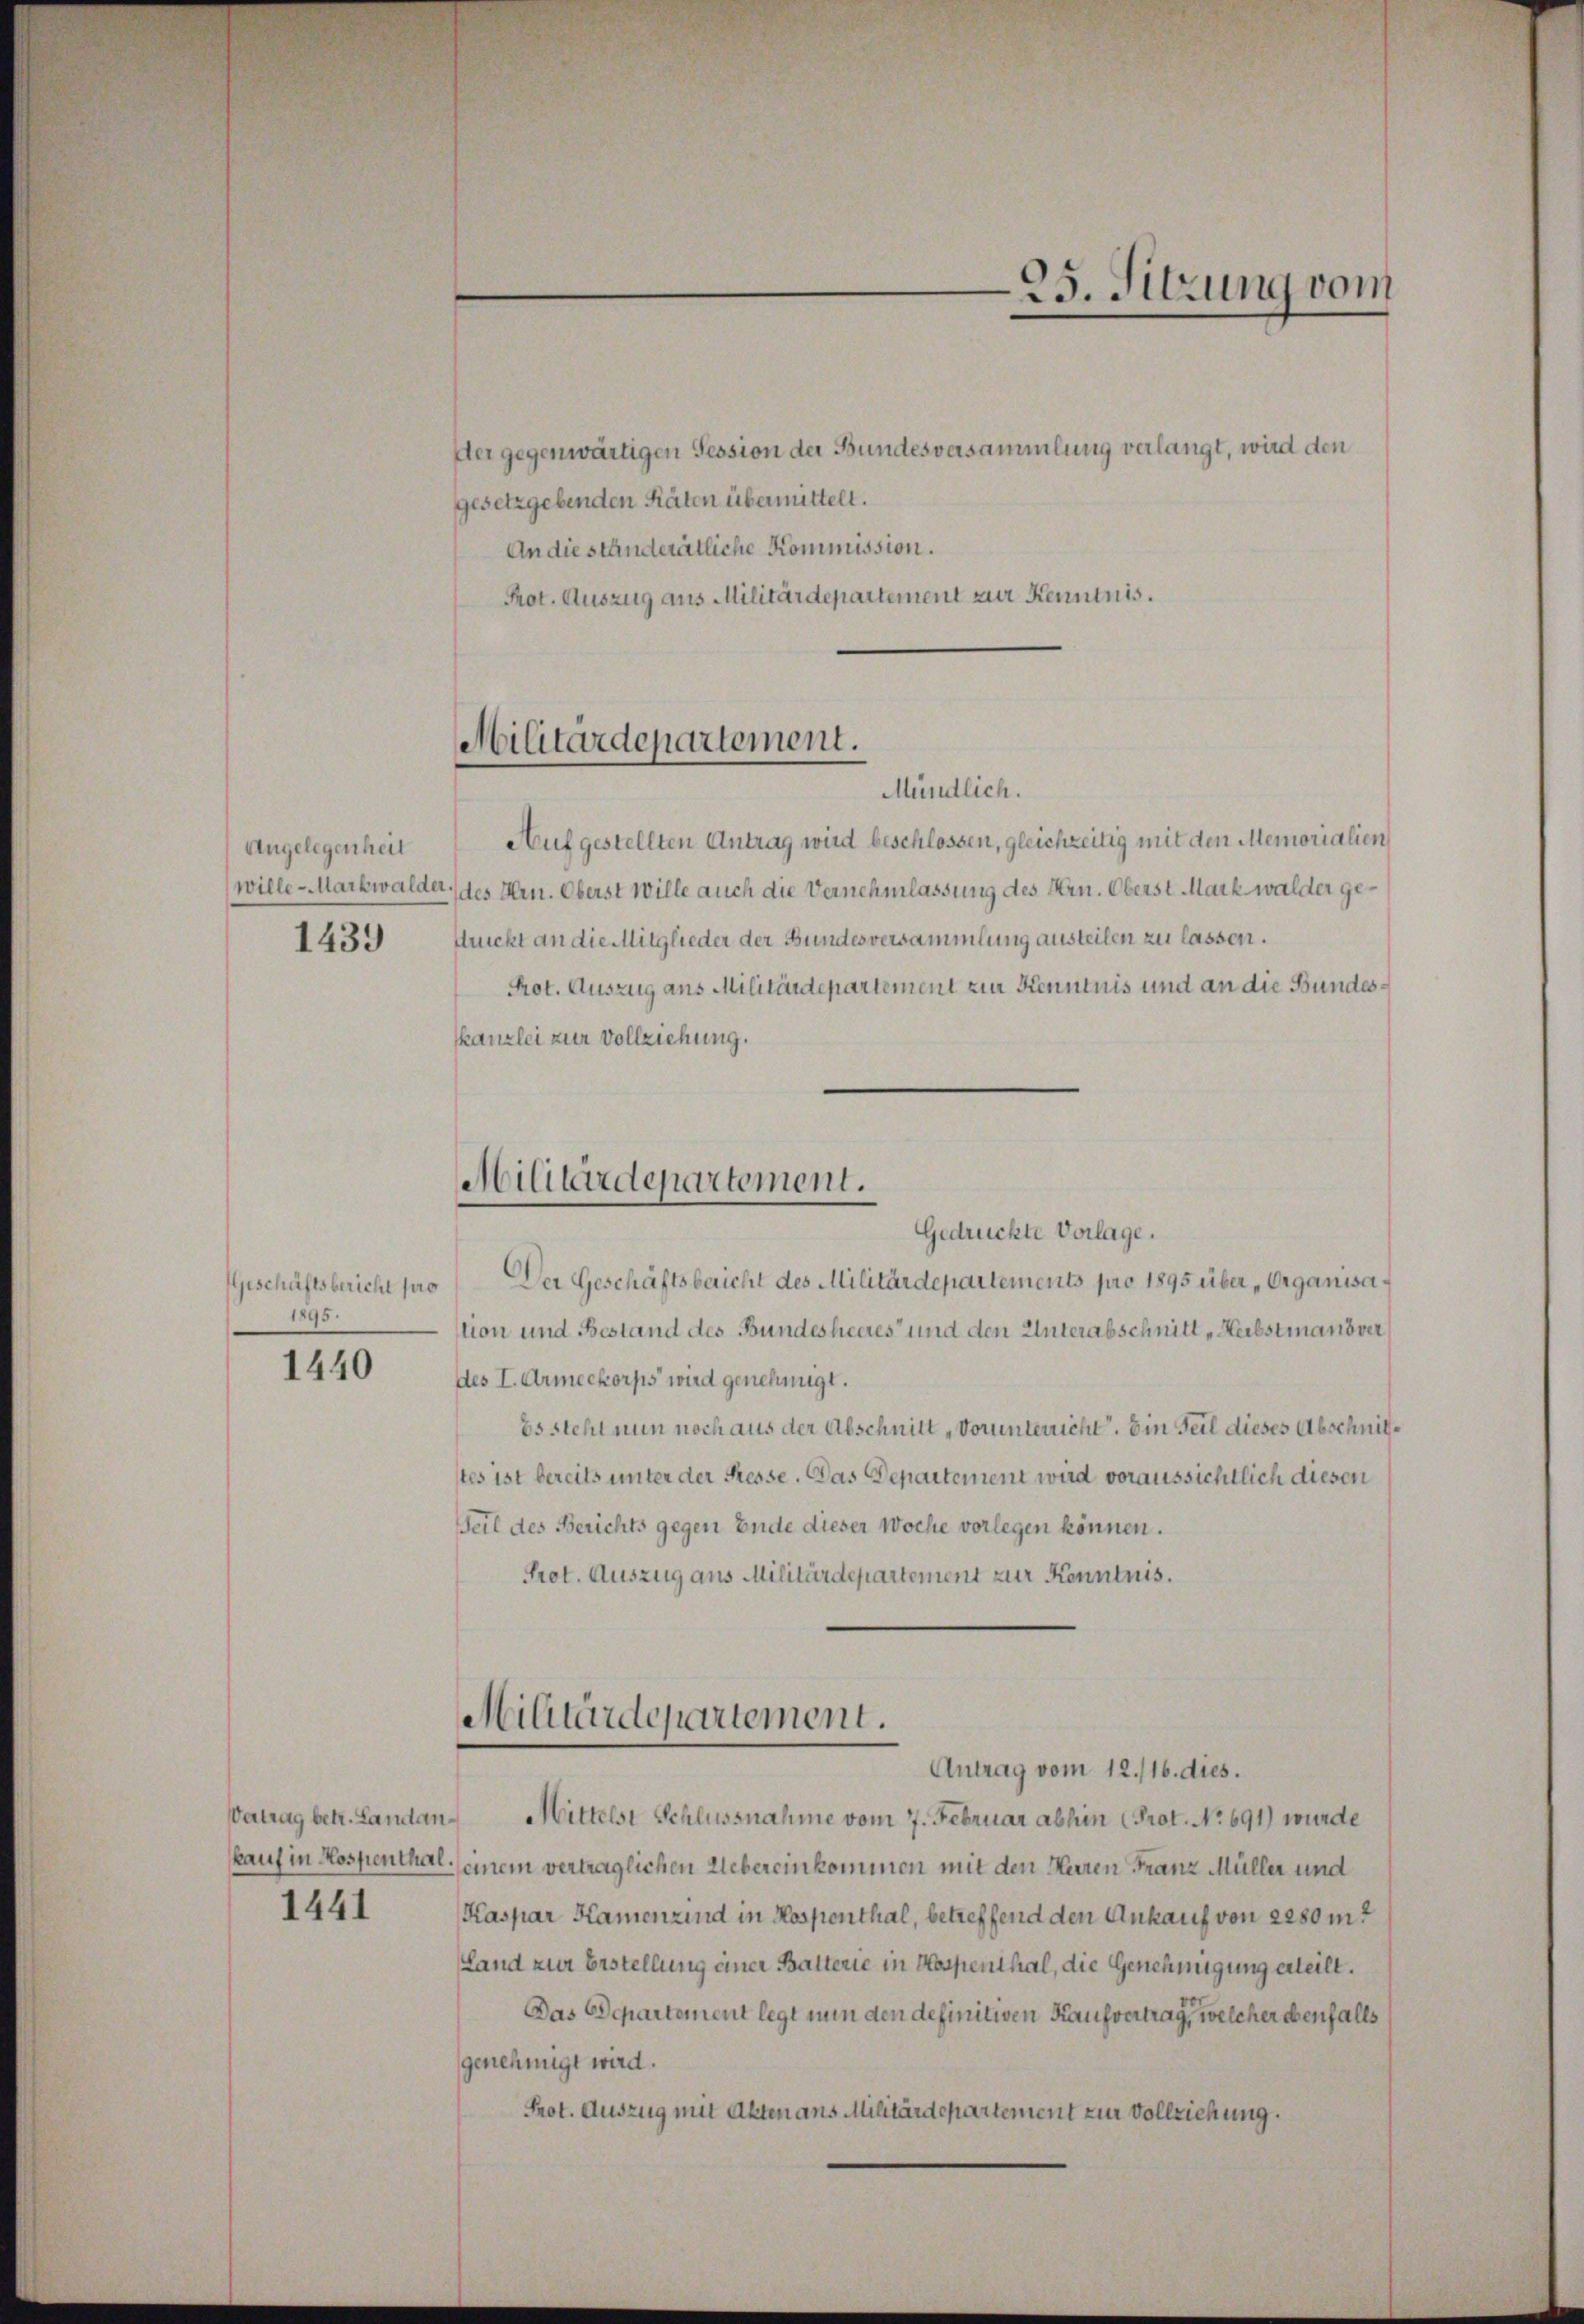
Angelegenheit
1439

1895.

1440

Vertrag betr. Landan¬
1441

Der gegenwärtigen Tession der Bundesversammlung verlangt, wird den
gesetzgebenden Räten übermittelt.
An die ständerätliche Kommission.
Prot. Auszug aus Militärdepartement zur Kenntnis.

Mündlich.
Aufgestellten Antrag wird beschlossen, gleichzeitig mit den Memorialien
wille - Markwalder, des Hrn. Oberst Wille auch die Vernehmlassung des Hrn. Oberst Markwalder gestruckt an die Mitglieder der Bundesversammlung austeilen zu lassen.
Prot. Auszug aus Militärdepartement zur Kenntnis und an die Bundesskanzlei zur Vollziehung.

Militärdepartement.

Militärdepartement.

Militärdepartement.
Antrag vom 12./16. dies.

25. Sitzung vom

Gedrückte Vorlage.
Geschäftsbericht pro Der Geschäftsbericht des Militärdepartements pro 1895 über „Organisation und Bestand des Bundesheeres und den Unterabschnitt Herbstmanöver
des I. Armeekorps wird genehmigt.
Essteht nun noch aus der Abschnitt „Vorunterricht. Ein Teil dieses Abschnitstes ist bereits unter der Presse. Das Departement wird voraussichtlich diesen
Teil des Berichts gegen Ende dieser Woche vorlegen können.
Prot. Auszug aus Militärdepartement zur Kenntnis.

Mittelst Schlussnahme vom 7. Februar abhin (Prot. No. 691) wurde
kauf in Hospenthal, einem vertraglichen Uebereinkommen mit den Herren Franz Müller und
Kaspar Hamenzind in Kospenthal, betreffend den Ankauf von 22somt
Land zur Erstellung einer Batterie in Hospenthal, die Genehmigung erteilt.
Das Separtement legt nun den definitiven Kaufvertrag, welcher ebenfalls
genehmigt wird.
Prot. Auszug mit Akten ans Militärdepartement zur Vollziehung.